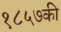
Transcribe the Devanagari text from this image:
१८५७की